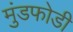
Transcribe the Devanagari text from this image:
मुंडफोडी